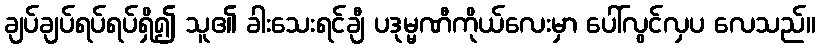
ချပ်ချပ်ရပ်ရပ်ရှိ၍ သူ၏ ခါးသေးရင်ချီ ပဒုမ္မဏီကိုယ်လေးမှာ ပေါ်လွင်လှပ လေသည်။